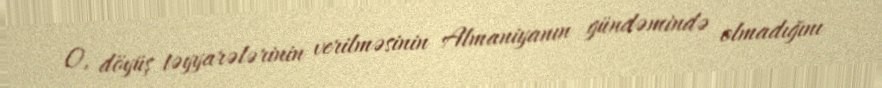
O, döyüş təyyarələrinin verilməsinin Almaniyanın gündəmində olmadığını